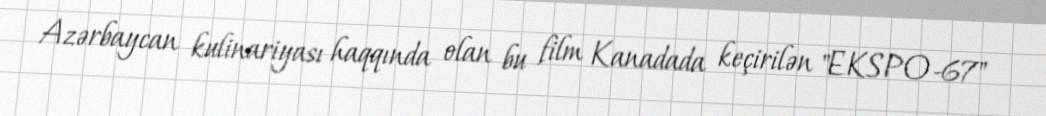
Azərbaycan kulinariyası haqqında olan bu film Kanadada keçirilən "EKSPO-67"